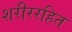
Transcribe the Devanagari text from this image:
शरीररहित